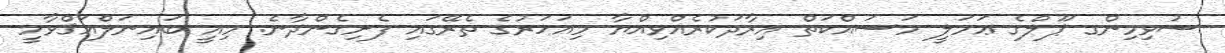
ސުވިމިންގ ޕޫލްގެ ޢަމަލީ މަސައްކަތް އިރާދަކުރެއްވިއްޔާ މިއަހަރުގެ ތެރޭގައި ފެށިގެންދާނެ. މިއީ ބައިނަލްއަޤްވާމީ